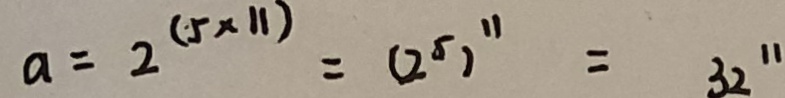
a = 2 ^ { ( 5 \times 1 1 ) } = ( 2 ^ { 5 } ) ^ { 1 1 } = 3 2 ^ { 1 1 }